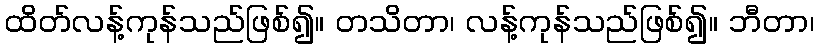
ထိတ်လန့်ကုန်သည်ဖြစ်၍။ တသိတာ၊ လန့်ကုန်သည်ဖြစ်၍။ ဘီတာ၊